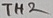
Text: TH2